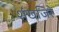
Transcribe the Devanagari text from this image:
शंखजिरे